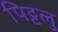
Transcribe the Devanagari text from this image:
पिट्टलु